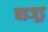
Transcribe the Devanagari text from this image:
बइजूड़